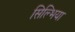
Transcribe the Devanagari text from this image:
सिल्भिया